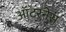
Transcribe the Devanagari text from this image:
ऑटरनेस